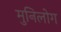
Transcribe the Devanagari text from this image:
मुनिलोग